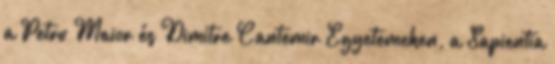
a Petru Maior és Dimitre Cantemir Egyetemeken, a Sapientia